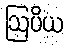
ဩပိယ